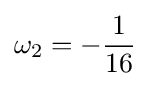
\omega _{2}=-{\frac {1}{16}}